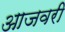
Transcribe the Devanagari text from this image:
आजवरी